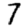
Digit: 7